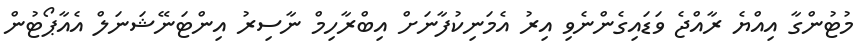
މުޓުންގާ އިއްޔެ ރާއްޖެ ވަޑައިގެންނެވި އިރު އެމަނިކުފާނަށް އިބްރާހިމް ނާސިރު އިންޓަނޭޝަނަލް އެއާޕޯޓުން